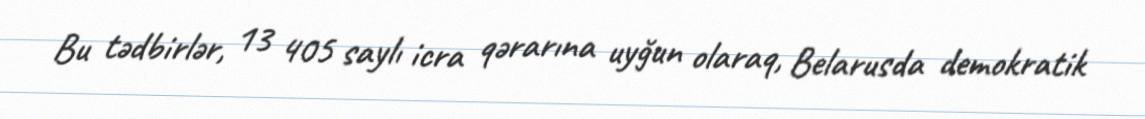
Bu tədbirlər, 13 405 saylı icra qərarına uyğun olaraq, Belarusda demokratik